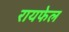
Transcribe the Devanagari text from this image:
रायफेल